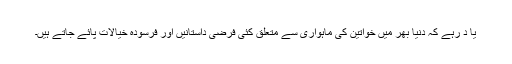
یا د رہے کہ دنیا بھر میں خواتین کی ماہواری سے متعلق کئی فرضی داستانیں اور فرسودہ خیالات پائے جاتے ہیں۔